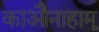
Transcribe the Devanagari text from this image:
काऔनाहामू